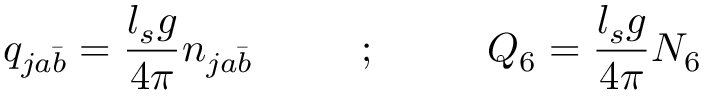
q _ { j a \bar { b } } = { \frac { l _ { s } g } { 4 \pi } } n _ { j a \bar { b } } ~ ~ ~ ~ ~ ~ ~ ~ ; ~ ~ ~ ~ ~ ~ ~ ~ Q _ { 6 } = { \frac { l _ { s } g } { 4 \pi } } N _ { 6 }